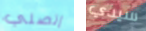
إتصلي سيدي